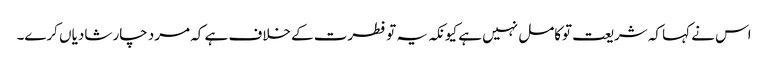
اس نے کہا کہ شریعت توکامل نہیں ہے کیونکہ یہ تو فطرت کے خلاف ہے کہ مرد چار شادیاں کرے۔